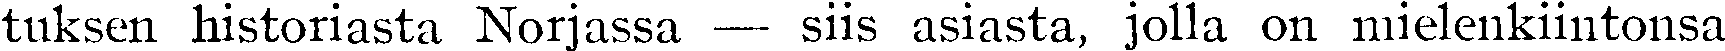
tuksen historiasta Norjassa — siis asiasta, jolla on mielenkiintonsa